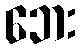
ဘေး